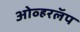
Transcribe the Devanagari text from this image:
ओव्हरलॅप